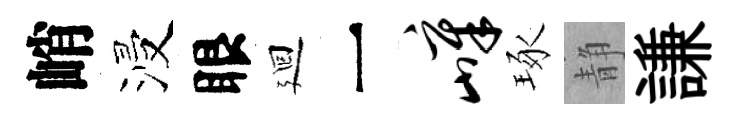
峭浸眼廻一嶂琢静謙